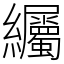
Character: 䌵